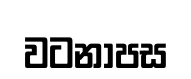
වටනාපස